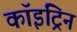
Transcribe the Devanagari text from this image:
कॉइंट्रिन